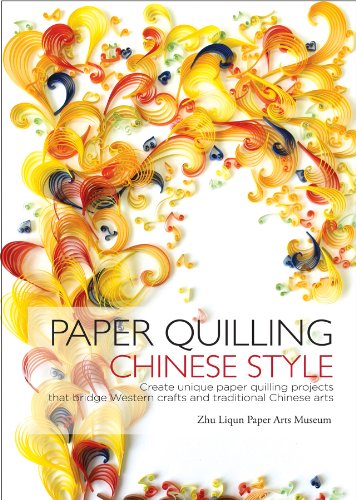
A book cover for Paper Quilling Chinese Style: Create Unique Paper Quilling Projects that Bridge Western Crafts and Traditional Chinese Arts; Zhu Liqun Paper Arts Museum; Arts & Photography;